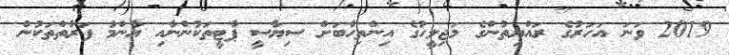
2019 ވަނަ އަހަރުގެ ރައްޔިތުންގެ މަޖިލީހުގެ އިންތިހާބަށް ސިޔާސީ ޕާޓީތަކުންނާއި އާންމު ފަރާތްތަކުން